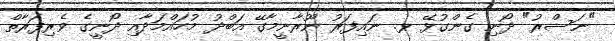
"ނަސްރު" ދޯނި ގެންގުޅޭ ޅ. ނައިފަރު ނޫރާނީމާގޭ އަބްދު މުހައްމަދާއި ދޯނީގެ ވެރިފަރާތް